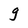
Character: g